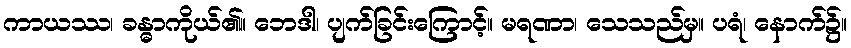
ကာယဿ၊ ခန္ဓာကိုယ်၏။ ဘေဒါ၊ ပျက်ခြင်းကြောင့်။ မရဏာ၊ သေသည်မှ။ ပရံ၊ နောက်၌။